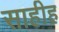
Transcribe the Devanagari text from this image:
साहीह